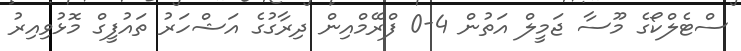
ސްޓެލްކޯގެ މޫސާ ޖަމީލް އަތުން 4-0 ފްރޭމްއިން ދިރާގުގެ އަޝްހަރު ތައުފީގް މޮޅުވިއިރު